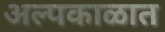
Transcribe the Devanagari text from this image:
अल्पकाळात